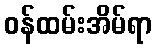
ဝန်ထမ်းအိမ်ရာ